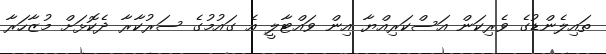
ތައިލެންޑުގެ ވެރިކަން އަސްކަރިއްޔާ އިން ވައްޓާލީ އެ ގައުމުގެ ސަރުކާރާ ދެކޮޅަށް މުޒާހަރާ